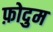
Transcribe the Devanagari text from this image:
फ़ोदुम